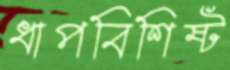
ধাপবিশিষ্ট